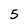
Character: 5